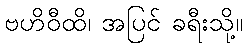
ဗဟိဝီထိ၊ အပြင် ခရီးသို့။